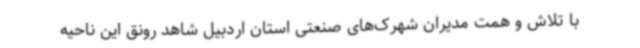
با تلاش و همت مدیران شهرک‌های صنعتی استان اردبیل شاهد رونق این ناحیه